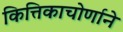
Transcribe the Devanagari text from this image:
कित्तिकाचोर्णाने